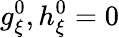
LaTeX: g_{\xi}^{0},h_{\xi}^{0}=0